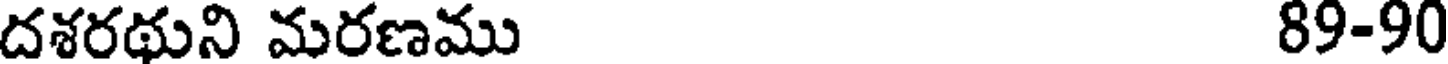
దశరథుని మరణము 89-90